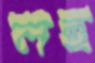
লহু